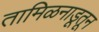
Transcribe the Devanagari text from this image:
तामिळनाडूतून